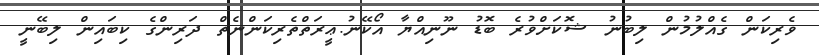
ވެރިކަން ގެއްލުމުން ލިބުނު ޝޮކަށްވުރެ ބޮޑު ނޫނިއްޔާ އޯކޭނު.ޢީރަތްތެރިކަންނެތް ދަރިންގެ ކިބައިން ލިބޭނީ